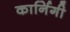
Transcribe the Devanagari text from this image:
कार्निगी